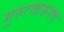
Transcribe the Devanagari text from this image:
गुरुत्वाकरण